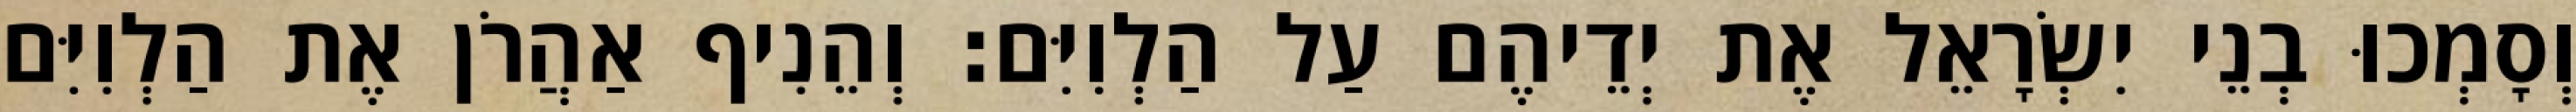
וְסָמְכוּ בְנֵי יִשְׂרָאֵל אֶת יְדֵיהֶם עַל הַלְוִיִּם׃ וְהֵנִיף אַהֲרֹן אֶת הַלְוִיִּם